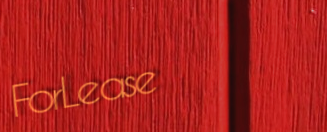
ForLease